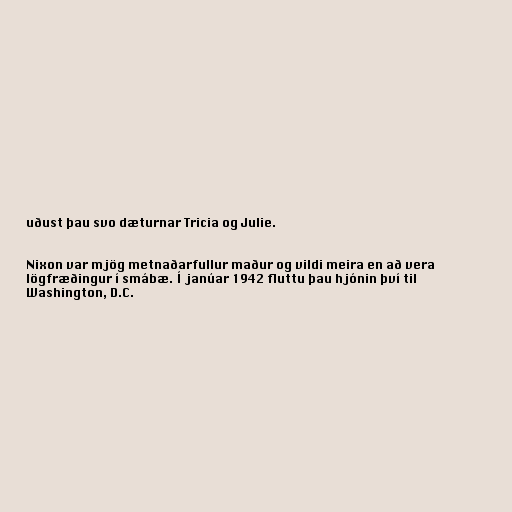
uðust þau svo dæturnar Tricia og Julie.

Nixon var mjög metnaðarfullur maður og vildi meira en að vera
lögfræðingur í smábæ. Í janúar 1942 fluttu þau hjónin því til
Washington, D.C.